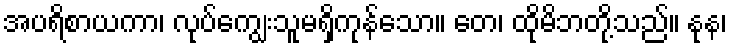
အပရိစာယကာ၊ လုပ်ကျွေးသူမရှိကုန်သော။ တေ၊ ထိုမိဘတို့သည်။ နုန၊